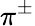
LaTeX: \pi^{\pm}